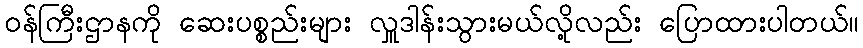
ဝန်ကြီးဌာနကို ဆေးပစ္စည်းများ လှူဒါန်းသွားမယ်လို့လည်း ပြောထားပါတယ်။